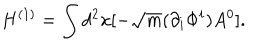
H ^ { ( 1 ) } = \int d ^ { 2 } x [ - \sqrt { m } ( \partial _ { i } \Phi ^ { i } ) A ^ { 0 } ] .